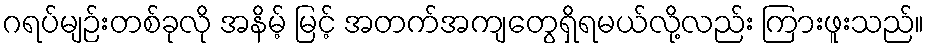
ဂရပ်မျဉ်းတစ်ခုလို အနိမ့် မြင့် အတက်အကျတွေရှိရမယ်လို့လည်း ကြားဖူးသည်။